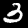
Label: 3